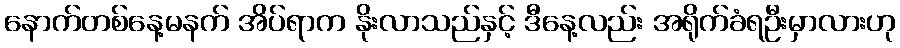
နောက်တစ်နေ့မနက် အိပ်ရာက နိုးလာသည်နှင့် ဒီနေ့လည်း အရိုက်ခံရဦးမှာလားဟု